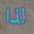
لذا